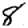
Digit: 8